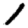
Digit: 1